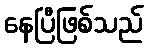
နေပြီဖြစ်သည်